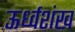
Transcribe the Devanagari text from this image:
ऊर्ध्वशंख